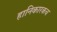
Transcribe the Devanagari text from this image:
हानिकारकच